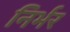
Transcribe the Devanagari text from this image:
निर्भर